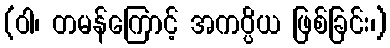
(ဝါ၊ တမန်ကြောင့် အကပ္ပိယ ဖြစ်ခြင်း၊)